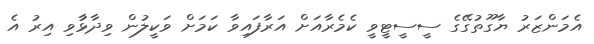
އެމަންޒަރު ޔާގޫތުގޭގެ ސީސީޓީވީ ކެމެރާއަށް އަރާފައިވާ ކަމަށް ވަކީލުން ވިދާޅާުވި އިރު އެ